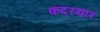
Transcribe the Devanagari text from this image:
कदरयार